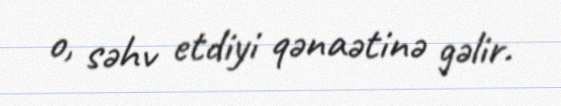
o, səhv etdiyi qənaətinə gəlir.